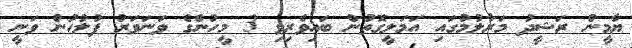
ޔާމީން ރަޝީދު މަރާލުމުގައި އަމަލީގޮތުން ބައިވެރިވި 3 މީހުންގެ ވަނަވަރު ފުލުހުން ވަނީ